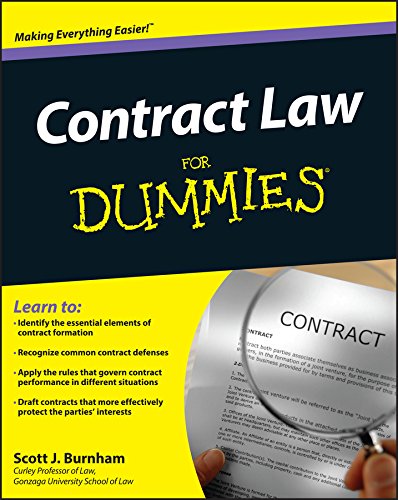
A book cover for Contract Law For Dummies; Scott J. Burnham; Law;